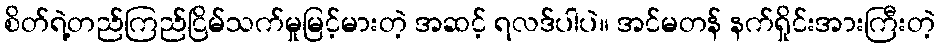
စိတ်ရဲ့တည်ကြည်ငြိမ်သက်မှုမြင့်မားတဲ့ အဆင့် ရလဒ်ပါပဲ။ အင်မတန် နက်ရှိုင်းအားကြီးတဲ့